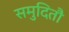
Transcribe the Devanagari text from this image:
समुदितौ